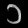
Digit: ၁